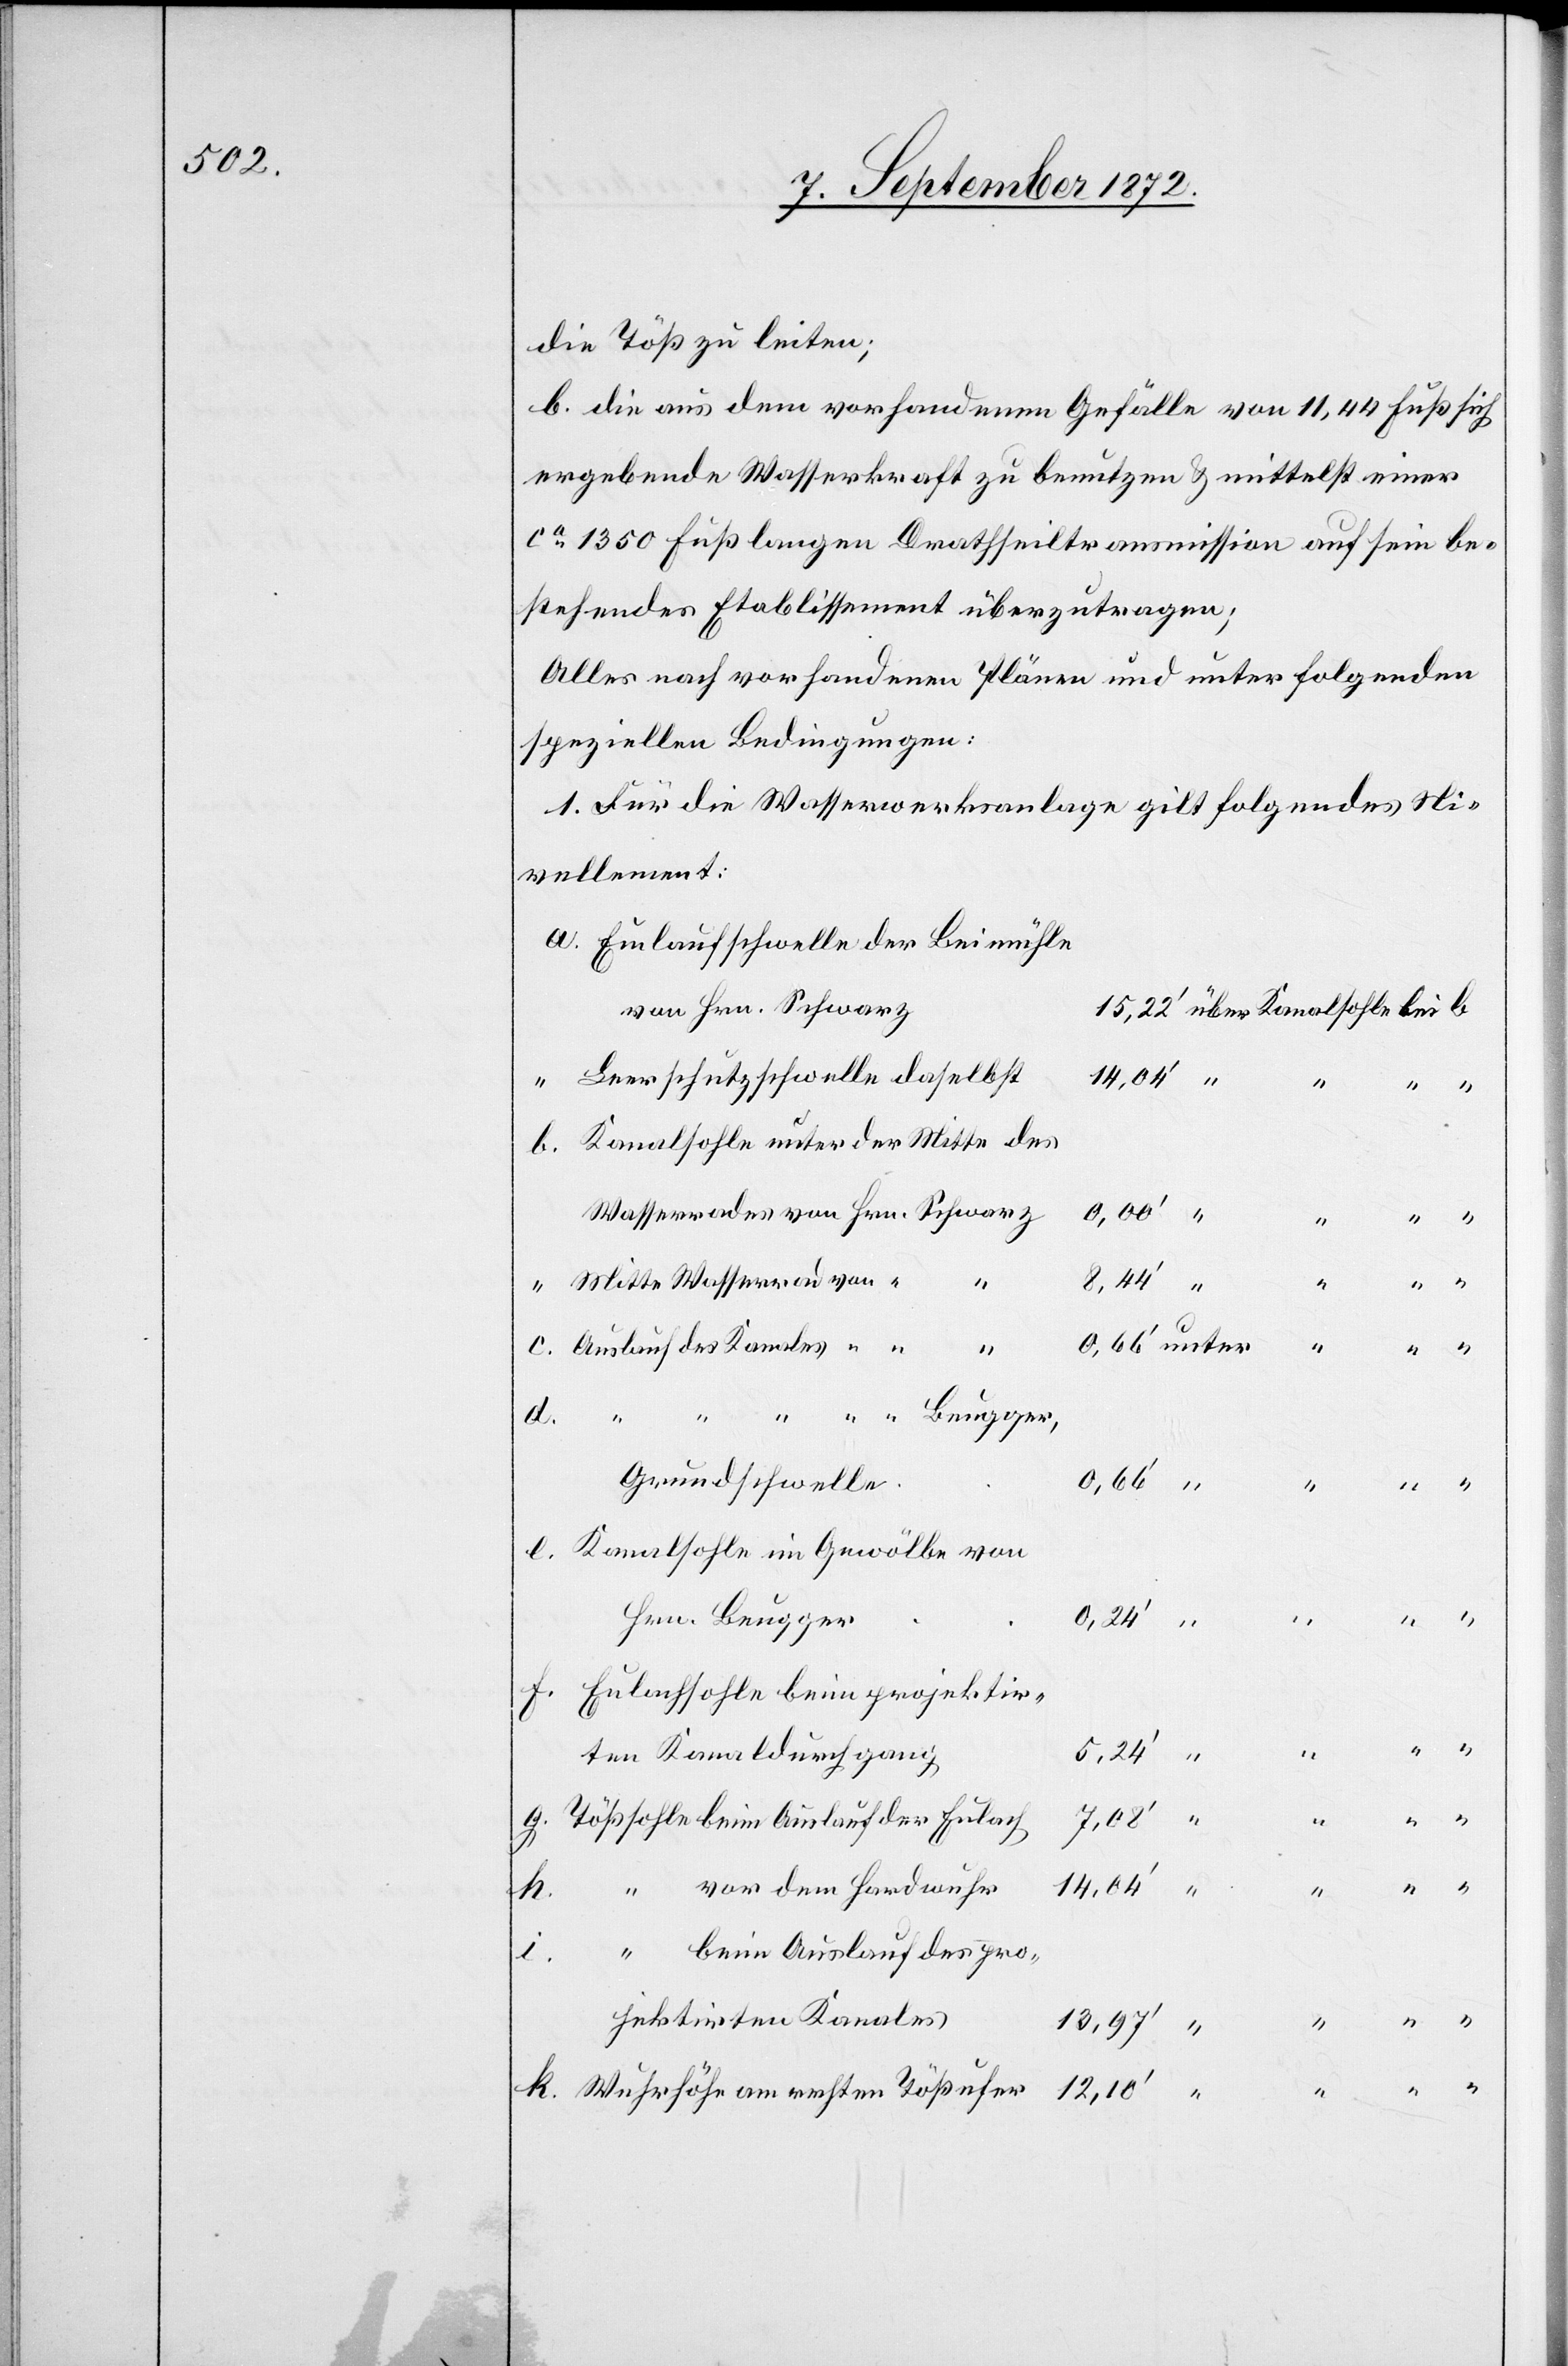
die Töß zu leiten;
b. die aus dem vorhandenen Gefälle von 11,44 Fuß sich
ergebende Wasserkraft zu benutzen u. mittelst einer
ca 1350 Fuß langen Drathseiltransmission auf sein be¬
stehendes Etablissement überzutragen;
Alles nach vorhandenen Plänen und unter folgenden
speziellen Bedingungen:
1. Für die Wasserwerksanlage gilt folgendes Ni¬
vellement:
Einlaufschwelle der Beimühle
von Hrn. Schwarz
Leerschutzschwelle daselbst
14,04’
i.
Kanalsohle unter der Mitte des
Wasserrades von Hrn. Schwarz
12,10’
“ “ “ Beugger,
Grundschwelle
Kanalsohle im Gewölbe von
Hrn. Beugger
Eulachsohle beim projektir¬
ten Kanaldurchgang
Tößsohle beim Auslauf der Eulach
14,04’
“ vor dem Hardwuhr
des Kanales “
g.
“ beim Auslauf des pro¬
f.
jektirten Kanales
Wuhrhöhe am rechten Tößufer